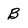
Character: B